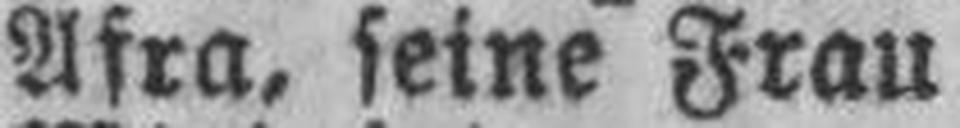
Afra, seine Frau